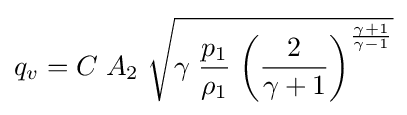
q_{v}=C\;A_{2}\;{\sqrt {\gamma \;{\frac {p_{1}}{\rho _{1}}}\;{\bigg (}{\frac {2}{\gamma +1}}{\bigg )}^{\frac {\gamma +1}{\gamma -1}}}}